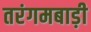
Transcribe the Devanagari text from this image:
तरंगमबाड़ी